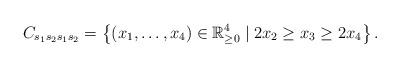
LaTeX: \begin{align*}C_{s_1s_2s_1s_2} = \left\{ (x_1,\ldots,x_4) \in \mathbb{R}^4_{\geq 0} \mid 2x_2 \geq x_3 \geq 2x_4 \right\}.\end{align*}